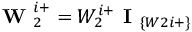
\textbf { W } _ { 2 } ^ { i + } = W _ { 2 } ^ { i + } \textbf { I } _ { \{ W 2 i + \} }